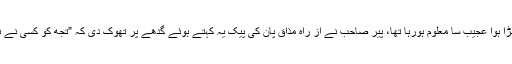
رنگی ہوئی سڑک پر ایک گدھا کھڑا ہوا عجیب سا معلوم ہورہا تھا، پیر صاحب نے از راہِ مذاق پان کی پیک یہ کہتے ہوئے گدھے پر تھوک دی کہ ”تجھ کو کسی نے نہیں رنگا، میں ہی رنگ دیتا ہوں“۔